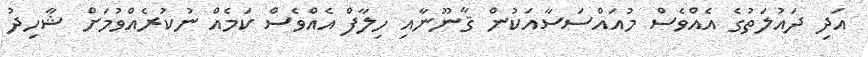
އަދި ދައުލަތުގެ އެއްވެސް މުއައްސަސާއަކުން ޤާނޫނާއި ހިލާފް އެއްވެސް ކަމެއް ނުކުރެއްވުމަށް ޝާހިދު